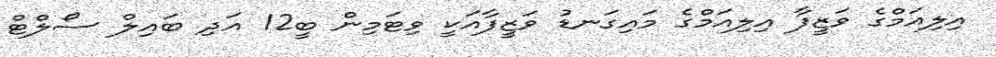
އިލިއަމްގެ ވަޒީފާ އިލިއަމްގެ މައިގަނޑު ވަޒީފާއަކީ ވިޓަމިން ބީ12 އަދި ބައިލް ސޯލްޓް